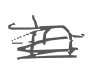
Text: in
Cross-out: scratch
Writing tool: digital_gray